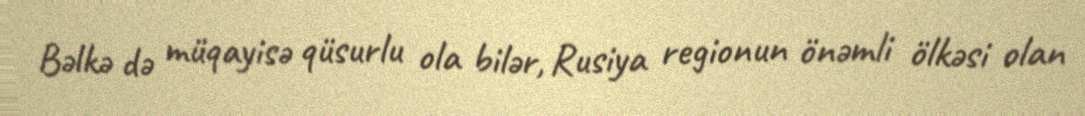
Bəlkə də müqayisə qüsurlu ola bilər, Rusiya regionun önəmli ölkəsi olan